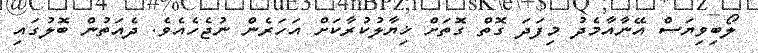
ލޯބިވިޔަސް އޭނާއާމެދު މިފަދަ ގޮތް ގޮތަށް ޚިޔާލުކުރާކަށް އަހަރެން ނުޖެހެއެވެ. ދެއަތުން ބޮލުގައި